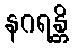
နဂရန္တိ